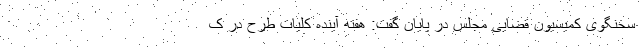
سخنگوی کمیسیون قضایی مجلس در پایان گفت: هفته آینده کلیات طرح در ک